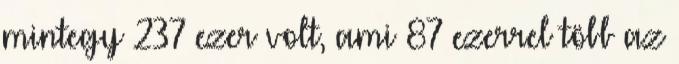
mintegy 237 ezer volt, ami 87 ezerrel több az